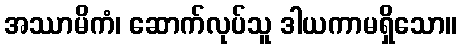
အဿာမိကံ၊ ဆောက်လုပ်သူ ဒါယကာမရှိသော။